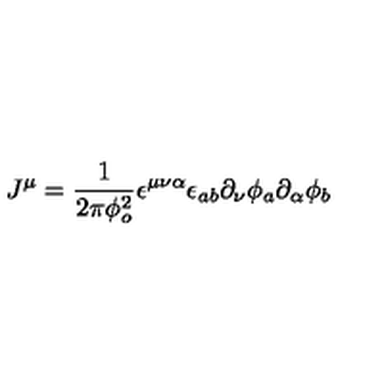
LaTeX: J ^ { \mu } = \frac { 1 } { 2 \pi \phi _ { o } ^ { 2 } } \epsilon ^ { \mu \nu \alpha } \epsilon _ { a b } \partial _ { \nu } \phi _ { a } \partial _ { \alpha } \phi _ { b }